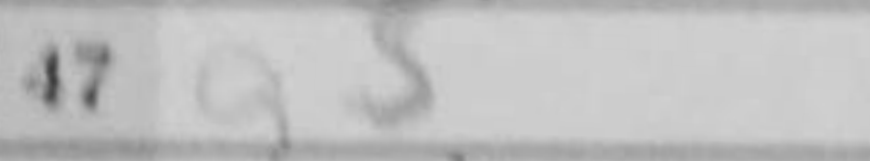
Transcription: g5